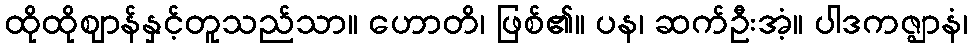
ထိုထိုဈာန်နှင့်တူသည်သာ။ ဟောတိ၊ ဖြစ်၏။ ပန၊ ဆက်ဦးအံ့။ ပါဒကဇ္ဈာနံ၊